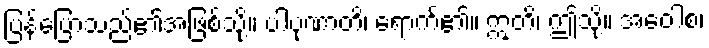
ပြန့်ပြောသည်၏အဖြစ်သို့။ ပါပုဏာတိ၊ ရောက်၏။ ဣတိ၊ ဤသို့။ အဝေါစ၊